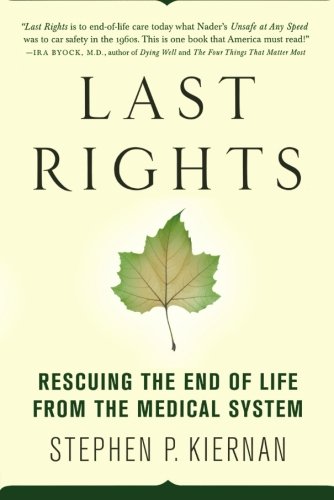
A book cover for Last Rights: Rescuing the End of Life from the Medical System; Stephen P. Kiernan; Health, Fitness & Dieting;